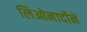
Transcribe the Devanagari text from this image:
लिओनार्दोने